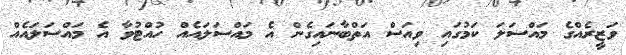
ވަޒީރެއްގެ މައްސަލަ ކަމުގައި ވިއަސް އަތްބާނައިގެން އެ މައްސަލައެއް ހުއްޓުވާ އެ މައްސަލައެއް